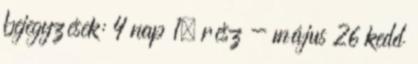
bejegyzések: 4 nap 1. rész - május 26 kedd